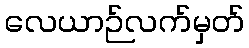
လေယာဉ်လက်မှတ်